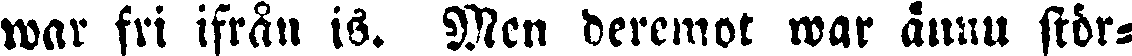
war fri ifrån is. Men deremot war ännu stör-